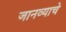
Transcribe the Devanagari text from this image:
जानव्याचे